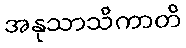
အနုသာသိကာတိ